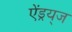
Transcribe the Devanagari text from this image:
ऐंड्रय्‌ज